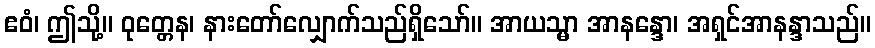
ဧဝံ၊ ဤသို့။ ဝုတ္တေန၊ နားတော်လျှောက်သည်ရှိသော်။ အာယသ္မာ အာနန္ဒော၊ အရှင်အာနန္ဒာသည်။